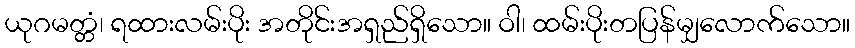
ယုဂမတ္တံ၊ ရထားလမ်းပိုး အတိုင်းအရှည်ရှိသော။ ဝါ၊ ထမ်းပိုးတပြန်မျှလောက်သော။